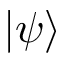
| \psi \rangle